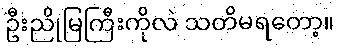
ဦးညိုမြကြီးကိုလဲ သတိမရတော့။